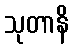
သုတာနိ